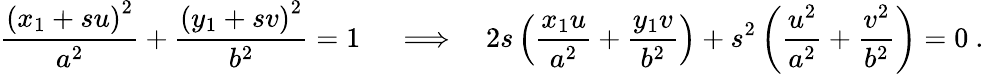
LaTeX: {\frac{\left(x_{1}+su\right)^{2}}{a^{2}}}+{\frac{\left(y_{1}+sv\right)^{2}}{b^{2}}}=1\ \quad\Longrightarrow\quad 2s\left({\frac{x_{1}u}{a^{2}}}+{\frac{y_{1}v}{b^{2}}}\right)+s^{2}\left({\frac{u^{2}}{a^{2}}}+{\frac{v^{2}}{b^{2}}}\right)=0\ .